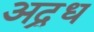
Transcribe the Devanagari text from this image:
अद्र्ध